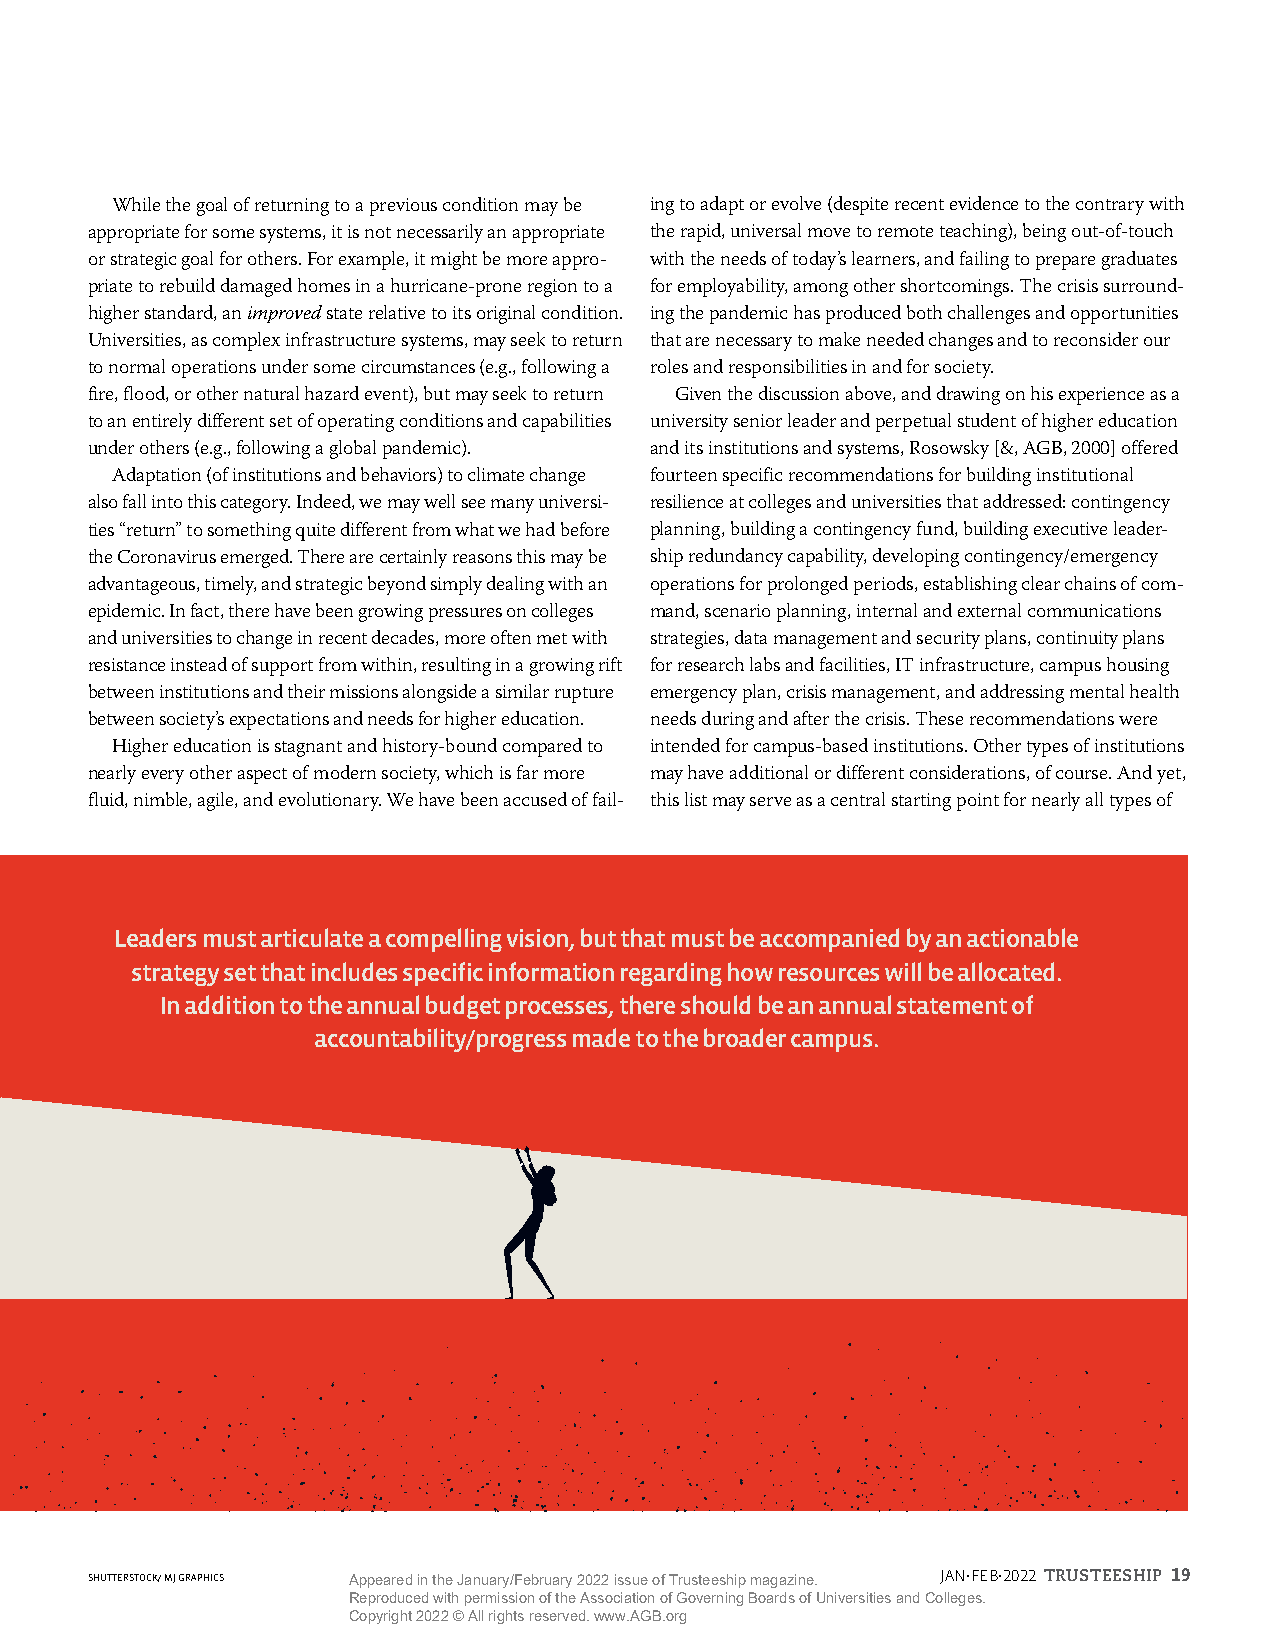
While the goal of returning to a previous condition may be ing to adapt or evolve (despite recent evidence to the contrary with
 appropriate for some systems, it is not necessarily an appropriate the rapid, universal move to remote teaching), being out-of-touch
 or strategic goal for others. For example, it might be more appro- with the needs of today’s learners, and failing to prepare graduates
 priate to rebuild damaged homes in a hurricane-prone region to a for employability, among other shortcomings. The crisis surround-
 higher standard, an improved state relative to its original condition. ing the pandemic has produced both challenges and opportunities
 Universities, as complex infrastructure systems, may seek to return that are necessary to make needed changes and to reconsider our
 to normal operations under some circumstances (e.g., following a roles and responsibilities in and for society.
 fire, flood, or other natural hazard event), but may seek to return Given the discussion above, and drawing on his experience as a
 to an entirely different set of operating conditions and capabilities university senior leader and perpetual student of higher education
 under others (e.g., following a global pandemic). and its institutions and systems, Rosowsky [&, AGB, 2000] offered
 Adaptation (of institutions and behaviors) to climate change fourteen specific recommendations for building institutional
 also fall into this category. Indeed, we may well see many universi- resilience at colleges and universities that addressed: contingency
 ties “return” to something quite different from what we had before planning, building a contingency fund, building executive leader-
 the Coronavirus emerged. There are certainly reasons this may be ship redundancy capability, developing contingency/emergency
 advantageous, timely, and strategic beyond simply dealing with an operations for prolonged periods, establishing clear chains of com-
 epidemic. In fact, there have been growing pressures on colleges mand, scenario planning, internal and external communications
 and universities to change in recent decades, more often met with strategies, data management and security plans, continuity plans
 resistance instead of support from within, resulting in a growing rift for research labs and facilities, IT infrastructure, campus housing
 between institutions and their missions alongside a similar rupture emergency plan, crisis management, and addressing mental health
 between society’s expectations and needs for higher education. needs during and after the crisis. These recommendations were
 Higher education is stagnant and history-bound compared to intended for campus-based institutions. Other types of institutions
 nearly every other aspect of modern society, which is far more may have additional or different considerations, of course. And yet,
 fluid, nimble, agile, and evolutionary. We have been accused of fail- this list may serve as a central starting point for nearly all types of
 Leaders must articulate a compelling vision, but that must be accompanied by an actionable
 strategy set that includes specific information regarding how resources will be allocated.
 In addition to the annual budget processes, there should be an annual statement of
 accountability/progress made to the broader campus.
 SHUTTERSTOCK/ MJ GRAPHICS Appeared in the January/February 2022 issue of Trusteeship magazine. JAN.FEB.2022 TRUSTEESHIP 19
 Reproduced with permission of the Association of Governing Boards of Universities and Colleges.
 Copyright 2022 © All rights reserved. www.AGB.org